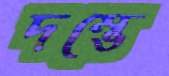
দম্ভে